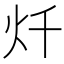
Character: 𱪦